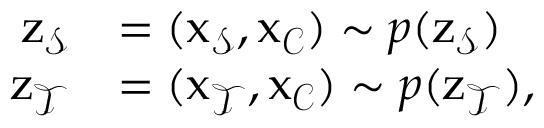
\begin{array} { r l } { \mathbf { \boldsymbol { z } } _ { \mathcal { S } } } & { = ( \mathbf { \boldsymbol { x } } _ { \mathcal { S } } , \mathbf { \boldsymbol { x } } _ { \mathcal { C } } ) \sim p ( \mathbf { \boldsymbol { z } } _ { \mathcal { S } } ) } \\ { \mathbf { \boldsymbol { z } } _ { \mathcal { T } } } & { = ( \mathbf { \boldsymbol { x } } _ { \mathcal { T } } , \mathbf { \boldsymbol { x } } _ { \mathcal { C } } ) \sim p ( \mathbf { \boldsymbol { z } } _ { \mathcal { T } } ) , } \end{array}